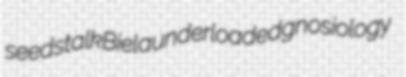
seedstalk Biela underloaded gnosiology